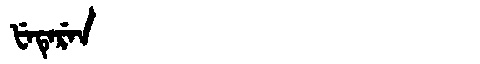
Manchu: ᡶᡝᡨᡝᡵᡝᠨ
Romanization: FETEREN